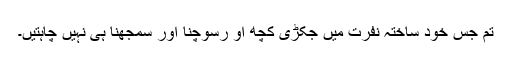
تم جس خود ساختہ نفرت میں جکڑی کچھ او رسوچنا اور سمجھنا ہی نہیں چاہتیں۔